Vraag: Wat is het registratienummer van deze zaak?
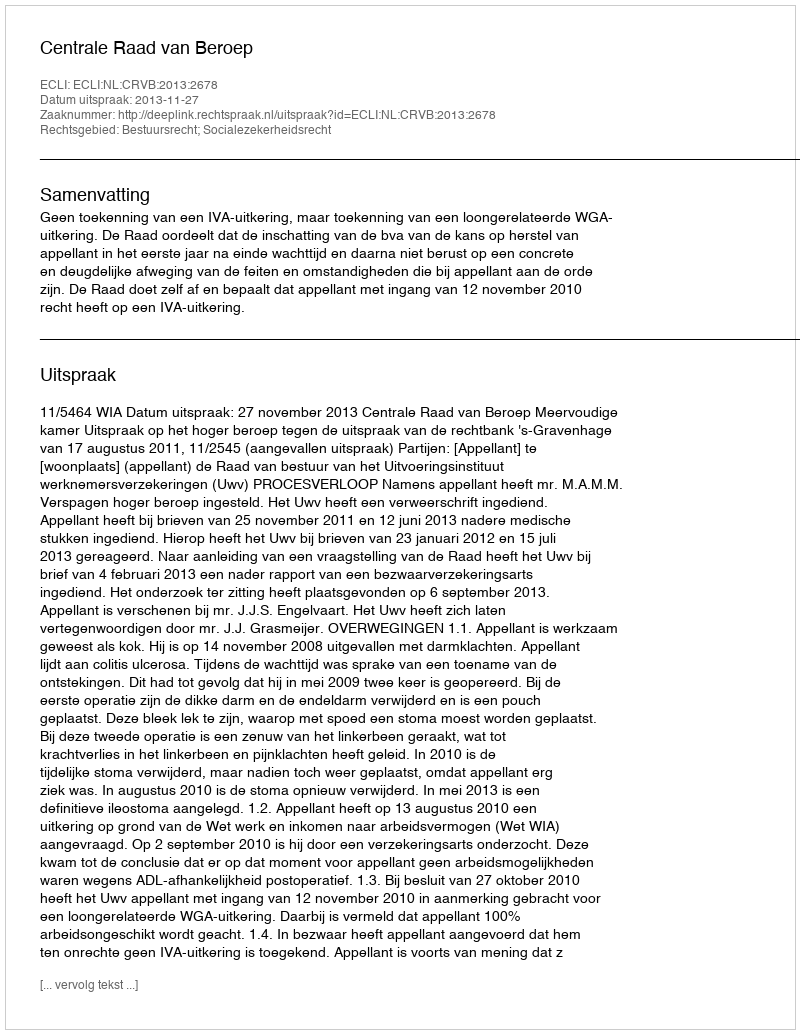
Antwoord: http://deeplink.rechtspraak.nl/uitspraak?id=ECLI:NL:CRVB:2013:2678